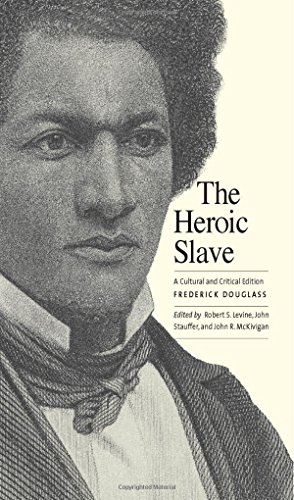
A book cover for The Heroic Slave: A Cultural and Critical Edition; Frederick Douglass; Literature & Fiction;